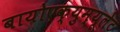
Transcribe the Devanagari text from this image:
बायोएक्युम्यूलेट